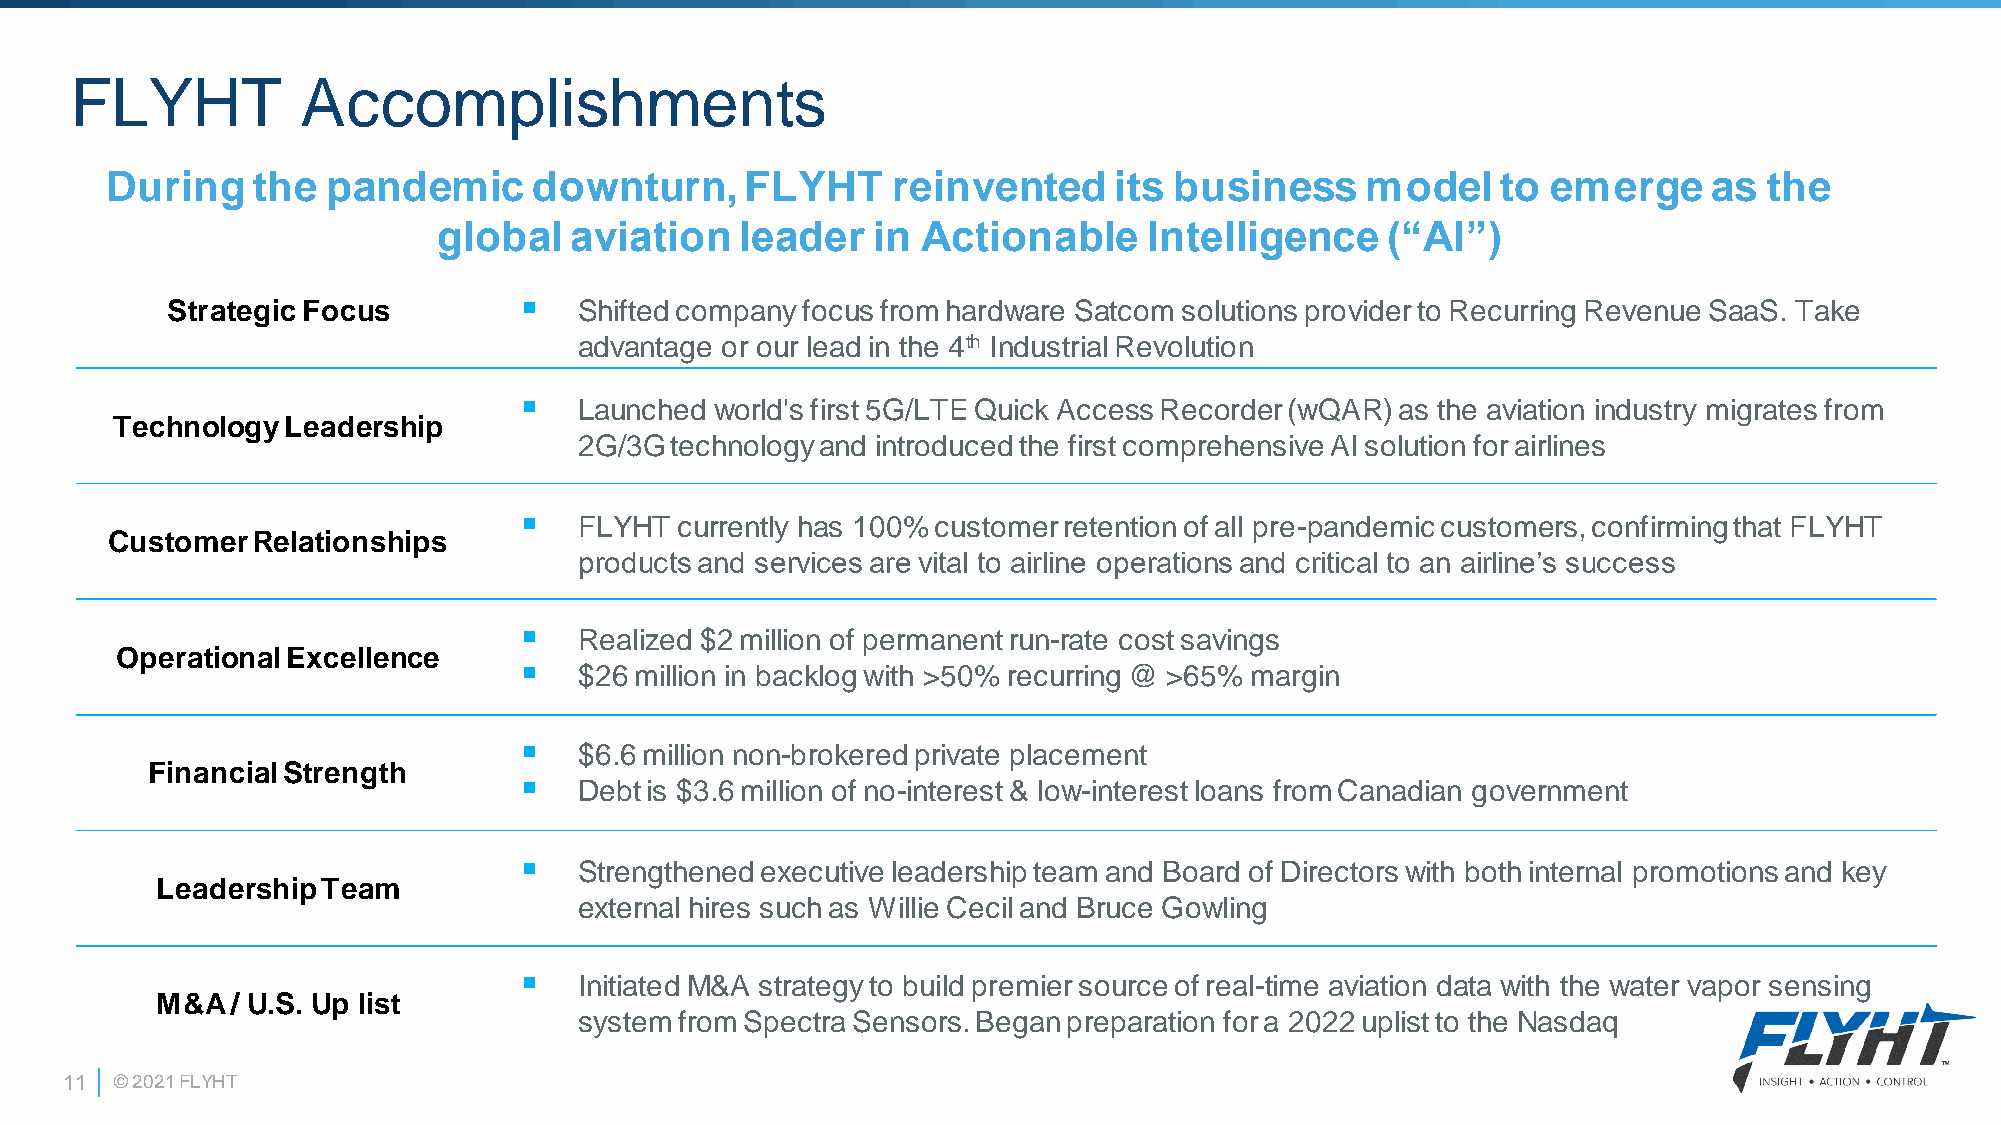
FLYHT          Accomplishments
 During    the  pandemic     downturn,     FLYHT     reinvented     its business    model    to  emerge    as  the
 global   aviation   leader   in Actionable     Intelligence    (“AI”)
 ▪
 Strategic Focus            Shifted company focus from hardware Satcom solutions provider to Recurring Revenue SaaS. Take
 advantage or our lead in the 4th Industrial Revolution
 ▪
 Launched world's first 5G/LTE Quick Access Recorder (wQAR) as the aviation industry migrates from
 Technology  Leadership
 2G/3G technology and introduced the first comprehensive AI solution for airlines
 ▪
 FLYHT  currently has 100% customer retention of all pre-pandemic customers, confirming that FLYHT
 Customer  Relationships
 products and services are vital to airline operations and critical to an airline’s success
 ▪
 Realized $2 million of permanent run-rate cost savings
 Operational Excellence
 ▪
 $26 million in backlog with >50% recurring @ >65% margin
 ▪
 $6.6 million non-brokered private placement
 Financial Strength
 ▪
 Debt is $3.6 million of no-interest & low-interest loans from Canadian government
 ▪
 Strengthened executive leadership team and Board of Directors with both internal promotions and key
 Leadership Team
 external hires such as Willie Cecil and Bruce Gowling
 ▪
 Initiated M&A strategy to build premier source of real-time aviation data with the water vapor sensing
 M&A  / U.S. Up list
 system from Spectra Sensors. Began preparation for a 2022 uplist to the Nasdaq
 11  © 2021 FLYHT